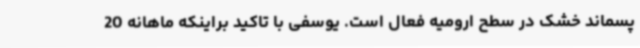
پسماند خشک در سطح ارومیه فعال است. یوسفی با تاکید براینکه ماهانه 20